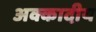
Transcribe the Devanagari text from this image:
अक्कादीय